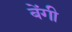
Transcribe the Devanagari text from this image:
बेंगी